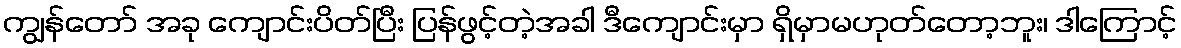
ကျွန်တော် အခု ကျောင်းပိတ်ပြီး ပြန်ဖွင့်တဲ့အခါ ဒီကျောင်းမှာ ရှိမှာမဟုတ်တော့ဘူး၊ ဒါကြောင့်